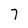
Character: 7